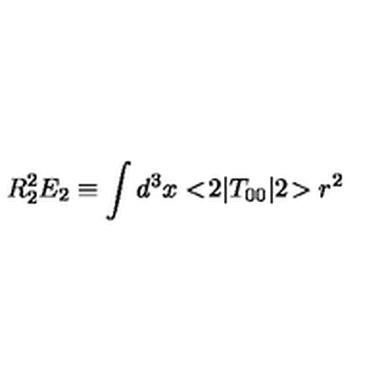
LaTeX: R _ { 2 } ^ { 2 } E _ { 2 } \equiv \int d ^ { 3 } x < \! 2 | T _ { 0 0 } | 2 \! > r ^ { 2 }